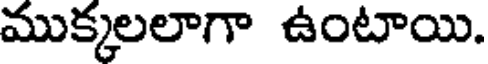
ముక్కలలాగా ఉంటాయి.